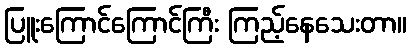
ပြူးကြောင်ကြောင်ကြီး ကြည့်နေသေးတာ။